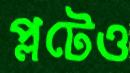
প্লটেও